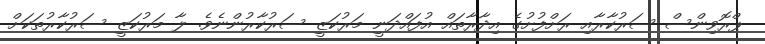
ޕްރޮވިންސް ސަރުކާރާއި ރަށްފުށުގެ އިދާރާތައް އުފައްދަނީ މަރުކަޒީ ސަރުކާރުންނެވެ. ލާ މަރުކަޒީ ސަރުކާރުތަކަށް